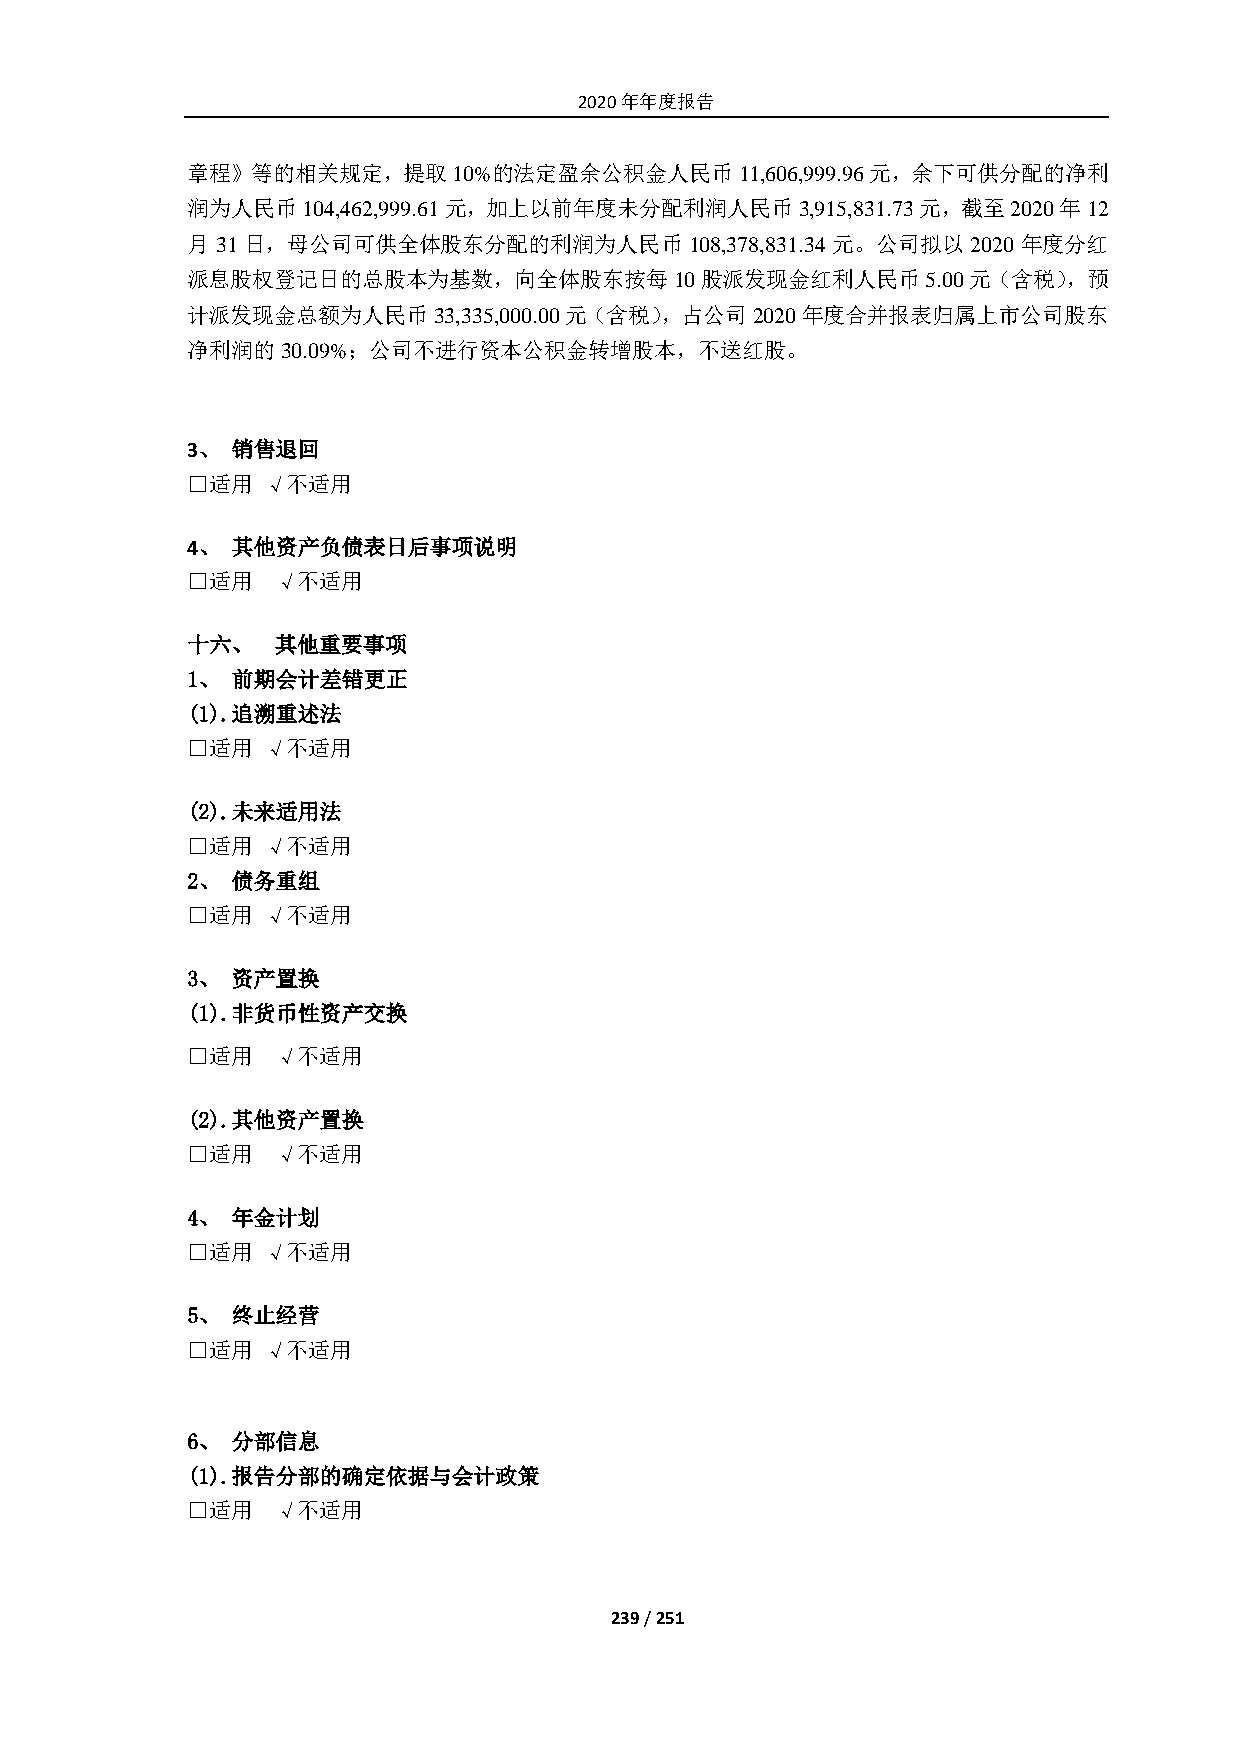
2020年年度报告
 章程》等的相关规定，提取10%的法定盈余公积金人民币11,606,999.96元，余下可供分配的净利
 润为人民币104,462,999.61元，加上以前年度未分配利润人民币3,915,831.73元，截至2020年12
 月 31 日，母公司可供全体股东分配的利润为人民币         108,378,831.34 元。公司拟以 2020 年度分红
 派息股权登记日的总股本为基数，向全体股东按每10股派发现金红利人民币5.00元（含税），预
 计派发现金总额为人民币33,335,000.00元（含税），占公司2020年度合并报表归属上市公司股东
 净利润的30.09%；公司不进行资本公积金转增股本，不送红股。
 3、 销售退回
 □适用  √不适用
 4、 其他资产负债表日后事项说明
 □适用   √不适用
 十六、   其他重要事项
 1、 前期会计差错更正
 (1). 追溯重述法
 □适用  √不适用
 (2). 未来适用法
 □适用  √不适用
 2、 债务重组
 □适用  √不适用
 3、 资产置换
 (1). 非货币性资产交换
 □适用   √不适用
 (2). 其他资产置换
 □适用   √不适用
 4、 年金计划
 □适用  √不适用
 5、 终止经营
 □适用  √不适用
 6、 分部信息
 (1). 报告分部的确定依据与会计政策
 □适用   √不适用
 239 / 251